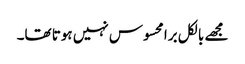
مجھے بالکل برا محسوس نہیں ہوتا تھا۔